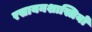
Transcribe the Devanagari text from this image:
रसायनशास्त्रियों